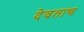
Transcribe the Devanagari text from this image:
देवताच